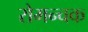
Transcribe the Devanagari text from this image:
रोमन्चक